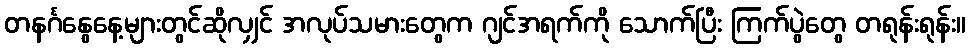
တနင်္ဂနွေနေ့များတွင်ဆိုလျှင် အလုပ်သမားတွေက ဂျင်အရက်ကို သောက်ပြီး ကြက်ပွဲတွေ တရုန်းရုန်း။